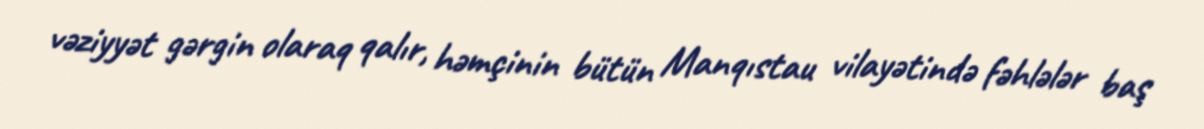
vəziyyət gərgin olaraq qalır, həmçinin bütün Manqıstau vilayətində fəhlələr baş